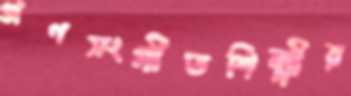
গণসংগীতশিল্পীর